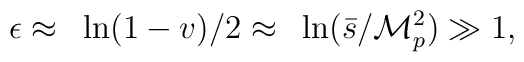
\epsilon\approx~\ln(1-v)/2\approx~\ln(\bar{s}/{\cal M}_p^2)\gg 1,